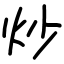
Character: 炒